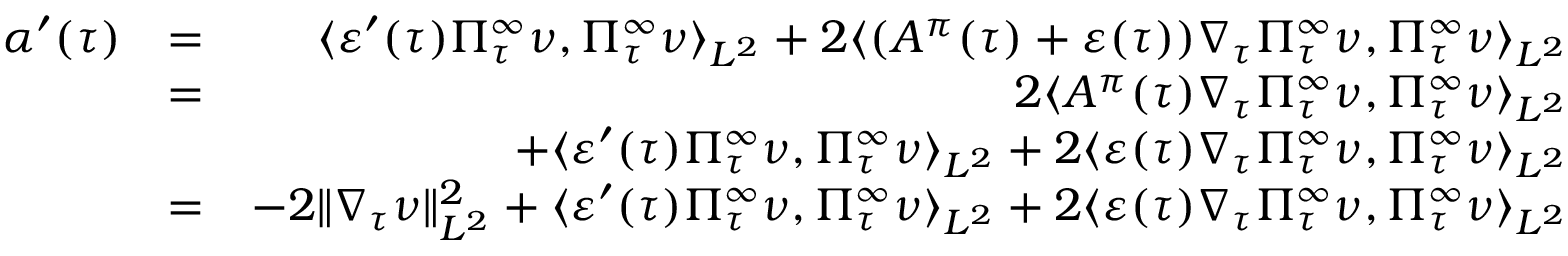
\begin{array} { r l r } { \alpha ^ { \prime } ( \tau ) } & { = } & { \langle \varepsilon ^ { \prime } ( \tau ) \Pi _ { \tau } ^ { \infty } \nu , \Pi _ { \tau } ^ { \infty } \nu \rangle _ { L ^ { 2 } } + 2 \langle ( A ^ { \pi } ( \tau ) + \varepsilon ( \tau ) ) \nabla _ { \tau } \Pi _ { \tau } ^ { \infty } \nu , \Pi _ { \tau } ^ { \infty } \nu \rangle _ { L ^ { 2 } } } \\ & { = } & { 2 \langle A ^ { \pi } ( \tau ) \nabla _ { \tau } \Pi _ { \tau } ^ { \infty } \nu , \Pi _ { \tau } ^ { \infty } \nu \rangle _ { L ^ { 2 } } } \\ & { } & { + \langle \varepsilon ^ { \prime } ( \tau ) \Pi _ { \tau } ^ { \infty } \nu , \Pi _ { \tau } ^ { \infty } \nu \rangle _ { L ^ { 2 } } + 2 \langle \varepsilon ( \tau ) \nabla _ { \tau } \Pi _ { \tau } ^ { \infty } \nu , \Pi _ { \tau } ^ { \infty } \nu \rangle _ { L ^ { 2 } } } \\ & { = } & { - 2 \| \nabla _ { \tau } \nu \| _ { L ^ { 2 } } ^ { 2 } + \langle \varepsilon ^ { \prime } ( \tau ) \Pi _ { \tau } ^ { \infty } \nu , \Pi _ { \tau } ^ { \infty } \nu \rangle _ { L ^ { 2 } } + 2 \langle \varepsilon ( \tau ) \nabla _ { \tau } \Pi _ { \tau } ^ { \infty } \nu , \Pi _ { \tau } ^ { \infty } \nu \rangle _ { L ^ { 2 } } } \end{array}